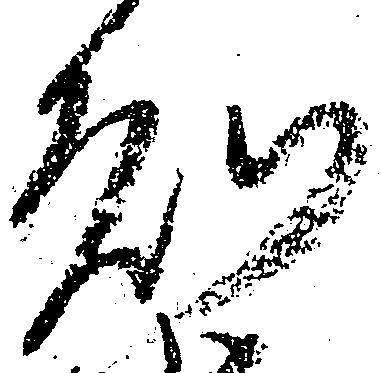
知